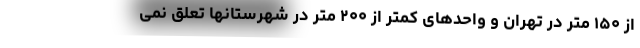
از ۱۵۰ متر در تهران و واحدهای کمتر از ۲۰۰ متر در شهرستانها تعلق نمی